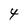
Character: t